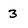
Character: 3